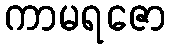
ကာမရဇော